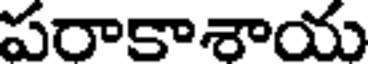
పరాకాశాయ